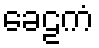
ခေဠကံ